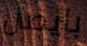
بإيصال